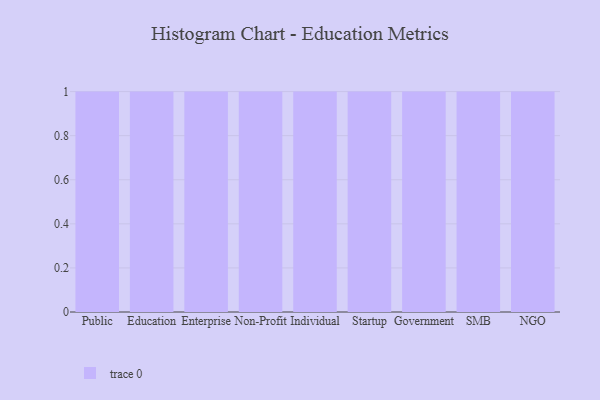
{"axis": {"x": "Segment", "y": "Bounce Rate (%)"}, "legend": [""], "data": [{"x": "Public", "y": 84, "type": ""}, {"x": "Education", "y": 50, "type": ""}, {"x": "Enterprise", "y": 5, "type": ""}, {"x": "Non-Profit", "y": 92, "type": ""}, {"x": "Individual", "y": 10, "type": ""}, {"x": "Startup", "y": 42, "type": ""}, {"x": "Government", "y": 99, "type": ""}, {"x": "SMB", "y": 83, "type": ""}, {"x": "NGO", "y": 73, "type": ""}]}